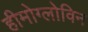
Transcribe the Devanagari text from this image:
हीमोग्लोविन